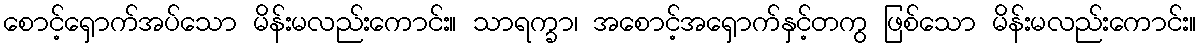
စောင့်ရှောက်အပ်သော မိန်းမလည်းကောင်း။ သာရက္ခာ၊ အစောင့်အရှောက်နှင့်တကွ ဖြစ်သော မိန်းမလည်းကောင်း။